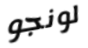
لونجو